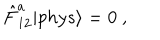
LaTeX: \displaystyle \hat { F } _ { 1 2 } ^ { a } | p h y s { \rangle } = 0 ~ ,